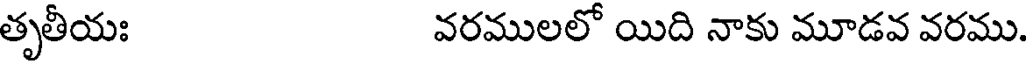
తృతీయః వరములలో యిది నాకు మూడవ వరము.